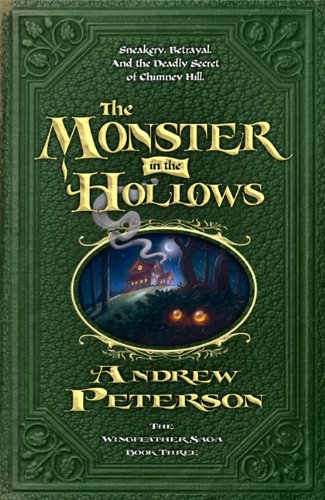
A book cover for The Monster in the Hollows (Wingfeather Saga); Andrew Peterson; Teen & Young Adult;